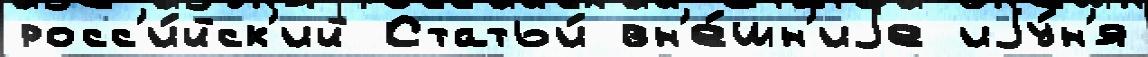
росс'и́йск'ий Статьи́ вн'е́шн'иjе иjу́н'я